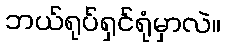
ဘယ်ရုပ်ရှင်ရုံမှာလဲ။